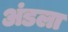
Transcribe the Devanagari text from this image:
अंडला